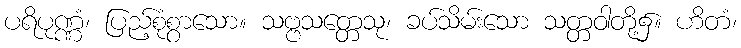
ပရိပုဏ္ဏံ၊ ပြည့်စုံစွာသော။ သဗ္ဗသတ္တေသု၊ ခပ်သိမ်းသော သတ္တဝါတို့၌။ ဟိတံ၊